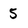
Character: 5